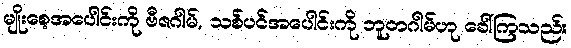
မျိုးစေ့အပေါင်းကို ဗီဇဂါမ်, သစ်ပင်အပေါင်းကို ဘူတဂါမ်ဟု ခေါ်ကြသည်။